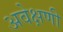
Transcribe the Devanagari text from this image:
अवेक्षणी